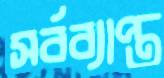
সর্বব্যাপ্ত